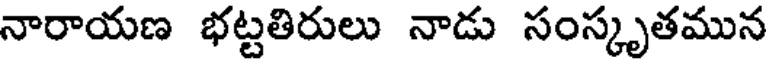
నారాయణ భట్టతిరులు నాడు సంస్కృతమున